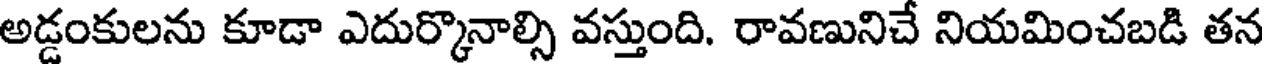
అడ్డంకులను కూడా ఎదుర్కొనాల్సి వస్తుంది. రావణునిచే నియమించబడి తన